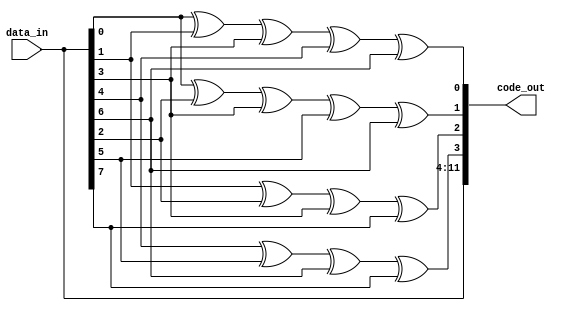
`timescale 1ns/1ns
/************************************************
*												*
*	Module IO Definition-hamming (12,8)			*
*												*
************************************************/
module hamming_encoder_8bit (
	input [7:0] data_in,
	output wire [11:0] code_out
);
/************************************************
*												*
*				Wire Definition					*
*												*
************************************************/
wire [3:0] parity;
/************************************************
*												*
*				calc the parity bits			*
*												*
************************************************/	
	assign parity[0] = data_in[0] ^ data_in[1] ^ data_in[3] ^ data_in[4] ^ data_in[6];
	assign parity[1] = data_in[0] ^ data_in[2] ^ data_in[3] ^ data_in[5] ^ data_in[6];
	assign parity[2] = data_in[1] ^ data_in[2] ^ data_in[3] ^ data_in[7];
	assign parity[3] = data_in[4] ^ data_in[5] ^ data_in[6] ^ data_in[7]; 
	assign code_out[11:0] = {data_in[7:0], parity[3:0]};
endmodule